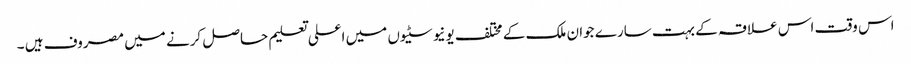
اس وقت اس علاقہ کے بہت سارے جوان ملک کے مختلف یونیوسٹیوں میں اعلی تعلیم حاصل کرنے میں مصروف ہیں ۔